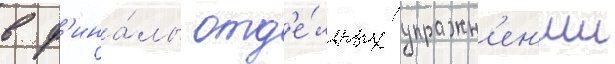
в ф'ина́лы отд'е́льных упражн'ен'ии